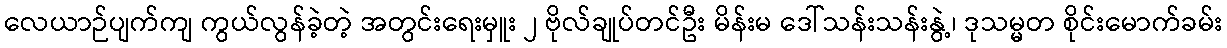
လေယာဉ်ပျက်ကျ ကွယ်လွန်ခဲ့တဲ့ အတွင်းရေးမှူး ၂ ဗိုလ်ချုပ်တင်ဦး မိန်းမ ဒေါ်သန်းသန်းနွဲ့၊ ဒုသမ္မတ စိုင်းမောက်ခမ်း